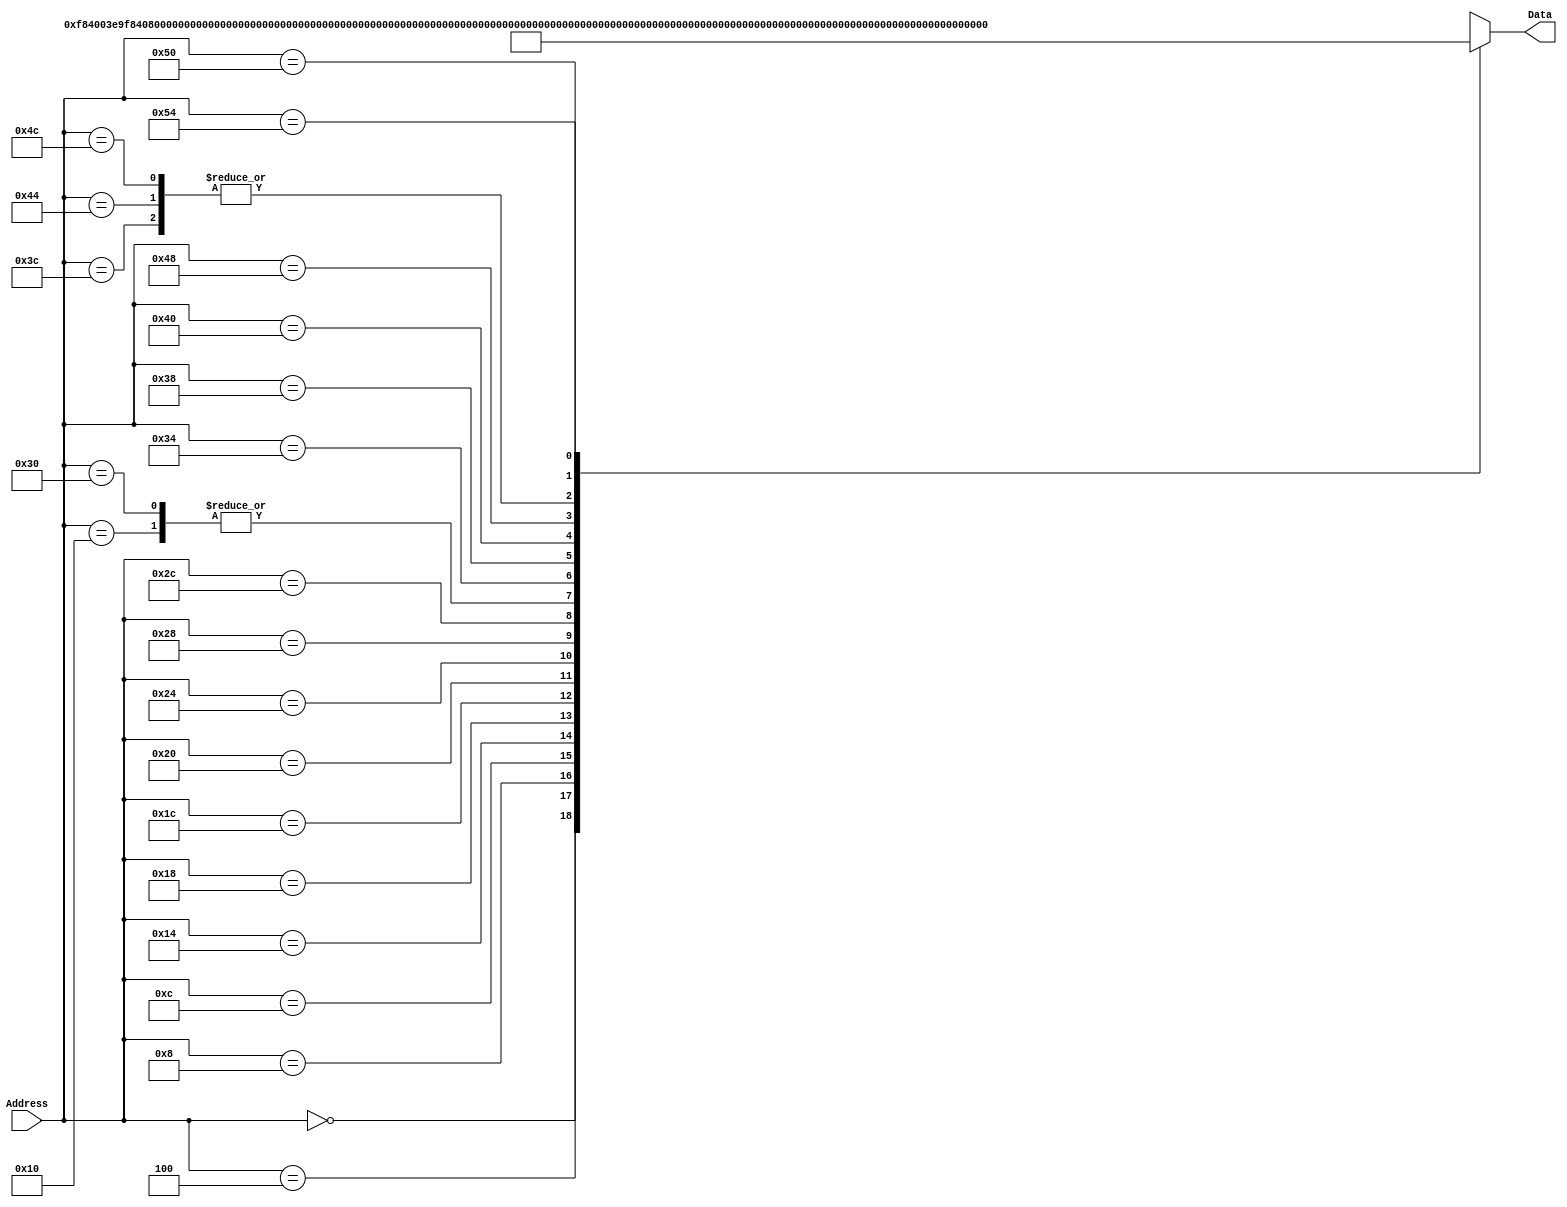
`timescale 1ns / 1ps
/*
 * Module: InstructionMemory
 *
 * Implements read-only instruction memory
 * 
 */
module InstructionMemory(Data, Address);
   parameter T_rd = 20;
   parameter MemSize = 40;
   
   output [31:0] Data;
   input [63:0]  Address;
   reg [31:0] 	 Data;
   
   /*
    * ECEN 350 Processor Test Functions
    * Texas A&M University
    */
   
   always @ (Address) begin
      #4;
      case(Address)

	/* Test Program 1:
	 * Program loads constants from the data memory. Uses these constants to test
	 * the following instructions: LDUR, ORR, AND, CBZ, ADD, SUB, STUR and B.
	 * 
	 * Assembly code for test:
	 * 
	 * 0: LDUR X9, [XZR, 0x0]    //Load 1 into x9
	 * 4: LDUR X10, [XZR, 0x8]   //Load a into x10
	 * 8: LDUR X11, [XZR, 0x10]  //Load 5 into x11
	 * C: LDUR X12, [XZR, 0x18]  //Load big constant into x12
	 * 10: LDUR X13, [XZR, 0x20]  //load a 0 into X13
	 * 
	 * 14: ORR X10, X10, X11  //Create mask of 0xf
	 * 18: AND X12, X12, X10  //Mask off low order bits of big constant
	 * 
	 * loop:
	 * 1C: CBZ X12, end  //while X12 is not 0
	 * 20: ADD X13, X13, X9  //Increment counter in X13
	 * 24: SUB X12, X12, X9  //Decrement remainder of big constant in X12
	 * 28: B loop  //Repeat till X12 is 0
	 * 2C: STUR X13, [XZR, 0x20]  //store back the counter value into the memory location 0x20
	 * 30: LDUR X13, [XZR, 0x20]
	 */
	

	63'h000: Data = 32'hF84003E9;
	63'h004: Data = 32'hF84083EA;
	63'h008: Data = 32'hF84103EB;
	63'h00c: Data = 32'hF84183EC;
	63'h010: Data = 32'hF84203ED;
	63'h014: Data = 32'hAA0B014A;
	63'h018: Data = 32'h8A0A018C;
	63'h01c: Data = 32'hB400008C;
	63'h020: Data = 32'h8B0901AD;
	63'h024: Data = 32'hCB09018C;
	63'h028: Data = 32'h17FFFFFD;
	63'h02c: Data = 32'hF80203ED;
	63'h030: Data = 32'hF84203ED;  //One last load to place stored value on memdbus for test checking.

	/* Add code for your tests here */
	63'h034: Data = 32'hD2E24689; // MOV 0x1234 << 3*16 into X9
	63'h038: Data = 32'hD2CaCF0A; // MOV 0x5678 << 2*16 into X10
	63'h03c: Data = 32'hAA0A0129; // X9 = X9 ORR X10 (combines current 2 movz's into X9)
	63'h040: Data = 32'hD2B3578A; // MOV 0x9abc << 1*16 into X10
	63'h044: Data = 32'hAA0A0129; // X9 = X9 ORR X10 (combines current 3 movz's into X9)
	63'h048: Data = 32'hD29BDE0A; // MOV 0xdef0 << 0*16 into X10
	63'h04c: Data = 32'hAA0A0129; // X9 = X9 ORR X10 (combines all movz's into X9)
	63'h050: Data = 32'hF801C3E9; // STUR X9, [XZR, 0x28]
	63'h054: Data = 32'hF841C3E9; // LDUR X10, [XZR, 0x28]
			
	default: Data = 32'hXXXXXXXX;
      endcase
   end
endmodule